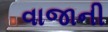
વાજાની